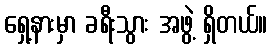
ရှေ့နားမှာ ခရီးသွား အဖွဲ့ ရှိတယ်။